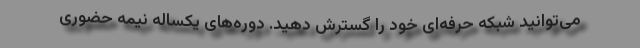
می‌توانید شبکه حرفه‌ای خود را گسترش دهید. دوره‌های یکساله نیمه حضوری